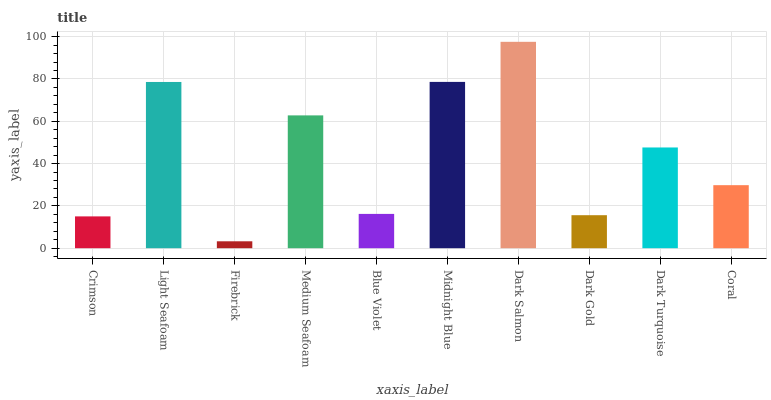
| xaxis_label | bars |
 | --- | --- |
 | Crimson | 15 |
 | Light Seafoam | 78.6 |
 | Firebrick | 3.27 |
 | Medium Seafoam | 62.8 |
 | Blue Violet | 16.2 |
 | Midnight Blue | 78.6 |
 | Dark Salmon | 97.5 |
 | Dark Gold | 15.6 |
 | Dark Turquoise | 47.6 |
 | Coral | 29.8 |